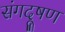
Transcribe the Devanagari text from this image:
संगदूषण